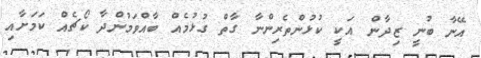
އޭނާ ބުނީ ޒިދާން އަކީ ކުޅުންތެރިންނާ ގާތް ގުޅުމެއް ބާއްވަމުންދާ ކޯޗެއް ކަމަށާއި